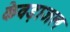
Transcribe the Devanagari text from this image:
केवड़ाजल